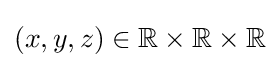
(x,y,z)\in \mathbb {R} \times \mathbb {R} \times \mathbb {R}